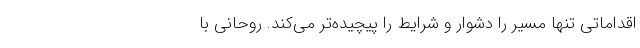
اقداماتی تنها مسیر را دشوار و شرایط را پیچیده‌تر می‌کند. روحانی با